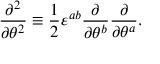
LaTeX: \frac { \partial ^ { 2 } } { \partial \theta ^ { 2 } } \equiv \frac { 1 } { 2 } \varepsilon ^ { a b } \frac { \partial } { \partial \theta ^ { b } } \frac { \partial } { \partial \theta ^ { a } } .